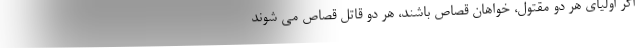
اگر اولیای هر دو مقتول، خواهان قصاص باشند، هر دو قاتل قصاص می شوند